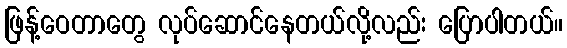
ဖြန့်ဝေတာတွေ လုပ်ဆောင်နေတယ်လို့လည်း ပြောပါတယ်။